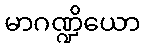
မာဂဏ္ဍိယော